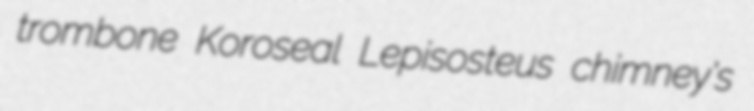
trombone Koroseal Lepisosteus chimney's